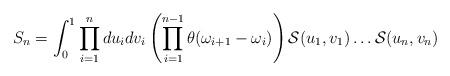
LaTeX: \begin{align*}S_{n}= \int_{0}^{1} \prod_{i =1}^{n}du_{i}dv_{i}\left(\prod_{i=1}^{n-1} \theta(\omega_{i+1}-\omega_{i})\right) {\cal S}(u_{1},v_{1})\dots{\cal S} (u_{n},v_{n})\end{align*}